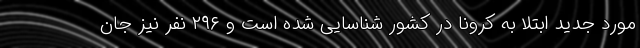
مورد جدید ابتلا به کرونا در کشور شناسایی شده است و ۲۹۶ نفر نیز جان